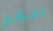
احكم